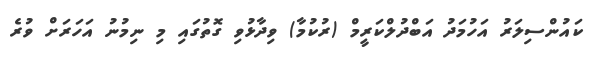
ކައުންސިލަރު އަހުމަދު އަބްދުލްކަރީމް (ރުކުމާ) ވިދާޅުވި ގޮތުގައި މި ނިމުނު އަހަރަށް ވުރެ